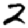
Digit: 2